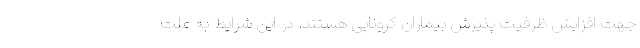
جهت افزایش ظرفیت پذیرش بیماران کرونایی هستند. در این شرایط به علت